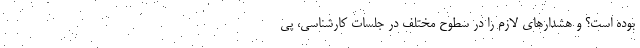
بوده است؟ و هشدارهای لازم را در سطوح مختلف در جلسات کارشناسی، پی